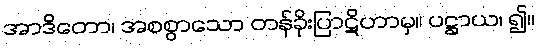
အာဒိတော၊ အစစွာသော တန်ခိုးပြာဋိဟာမှ။ ပဋ္ဌာယ၊ ၍။